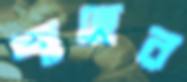
শাহের